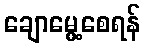
ချောမွေ့စေရန်